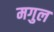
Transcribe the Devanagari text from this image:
मगुल